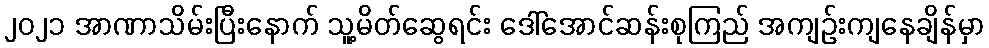
၂၀၂၁ အာဏာသိမ်းပြီးနောက် သူ့မိတ်ဆွေရင်း ဒေါ်အောင်ဆန်းစုကြည် အကျဉ်းကျနေချိန်မှာ